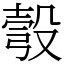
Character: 彀